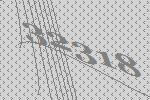
32318